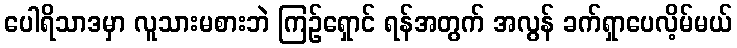
ပေါရိသာဒမှာ လူသားမစားဘဲ ကြဉ်ရှောင် ရန်အတွက် အလွန် ခက်ရှာပေလိ့မ်မယ်